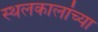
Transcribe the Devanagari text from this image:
स्थलकालांच्या